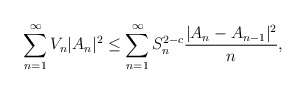
\begin{align*}{}\displaystyle\sum_{n=1}^{\infty}V_{n}|A_n|^{2}&\leq\displaystyle\sum_{n=1}^{\infty}S_n^{2-c}\frac{|A_{n}-A_{n-1}|^{2}}{n},\end{align*}